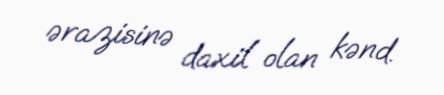
ərazisinə daxil olan kənd.